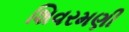
શિવરમણી